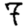
Digit: 7